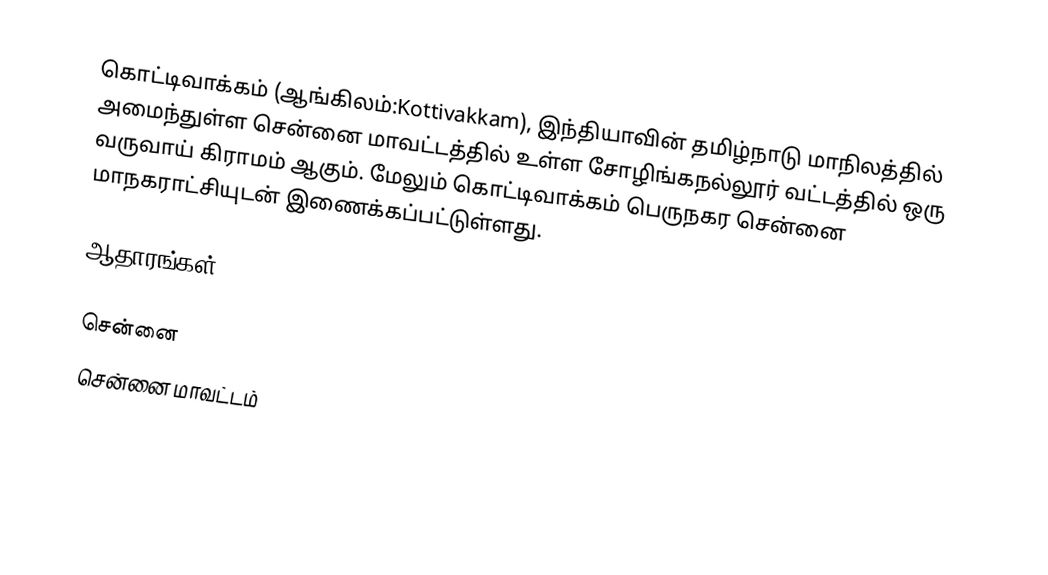
கொட்டிவாக்கம் (ஆங்கிலம்:Kottivakkam), இந்தியாவின் தமிழ்நாடு மாநிலத்தில் அமைந்துள்ள சென்னை மாவட்டத்தில் உள்ள சோழிங்கநல்லூர் வட்டத்தில் ஒரு வருவாய் கிராமம்  ஆகும். மேலும் கொட்டிவாக்கம் பெருநகர சென்னை மாநகராட்சியுடன் இணைக்கப்பட்டுள்ளது.

ஆதாரங்கள்

சென்னை
சென்னை மாவட்டம்